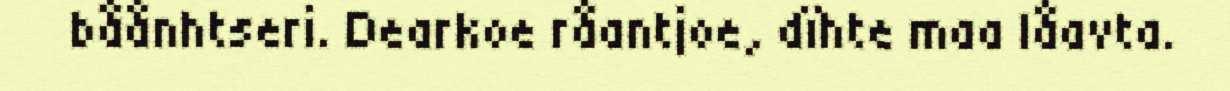
båånhtseri. Dearkoe råantjoe, dïhte maa låavta.